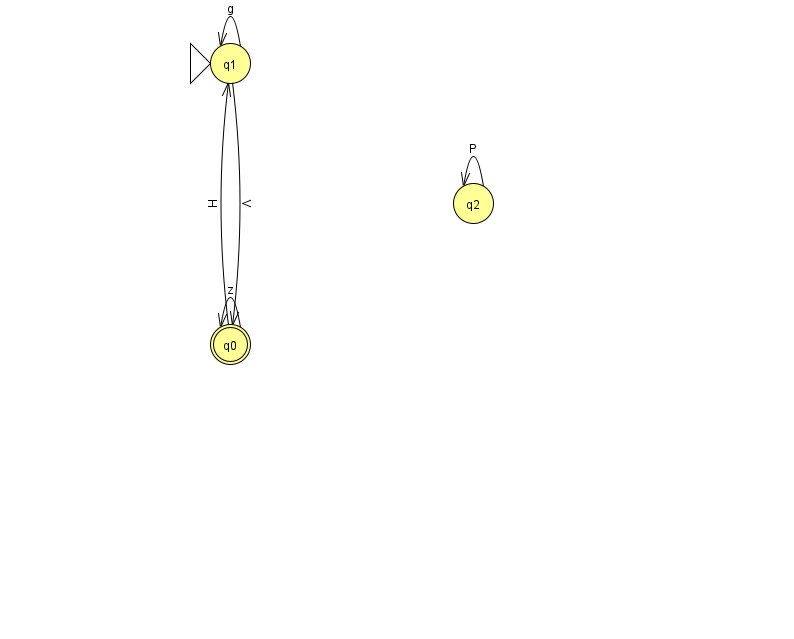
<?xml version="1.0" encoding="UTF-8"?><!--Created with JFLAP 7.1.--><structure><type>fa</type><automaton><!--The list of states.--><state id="0" name="q0"><x>230.0</x><y>331.0</y><final/></state><state id="1" name="q1"><x>230.0</x><y>50.0</y><initial/></state><state id="2" name="q2"><x>473.0</x><y>190.0</y></state><!--The list of transitions.--><transition><from>2</from><to>2</to><read>P</read></transition><transition><from>1</from><to>0</to><read>V</read></transition><transition><from>1</from><to>1</to><read>g</read></transition><transition><from>0</from><to>0</to><read>z</read></transition><transition><from>0</from><to>1</to><read>H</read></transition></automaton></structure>